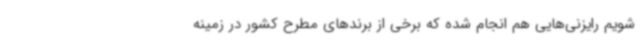
شویم رایزنی‌هایی هم انجام شده که برخی از برندهای مطرح کشور در زمینه